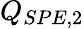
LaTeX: Q_{SPE,2}